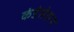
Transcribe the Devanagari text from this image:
कंडेसेशन